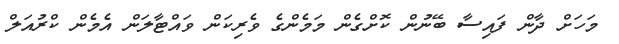
މަހަށް ދާން ފައިސާ ބޭނުން ކޮށްގެން މަމެންގެ ވެރިކަން ވައްޓާލަން އެމެން ކްރުއަލް